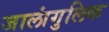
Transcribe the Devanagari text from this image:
जालांगुलिक